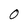
Character: O